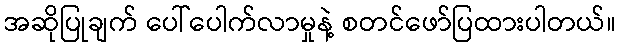
အဆိုပြုချက် ပေါ်ပေါက်လာမှုနဲ့ စတင်ဖော်ပြထားပါတယ်။